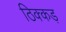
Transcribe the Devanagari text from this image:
ठिक्कड़